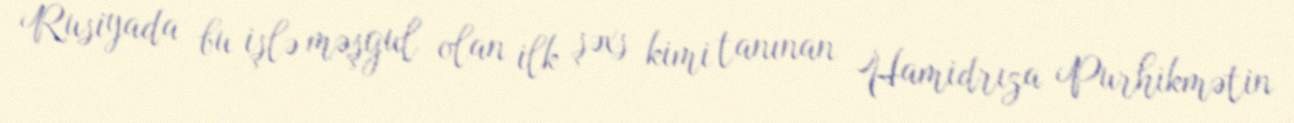
Rusiyada bu işlə məşgul olan ilk şəxs kimi tanınan Hamidrıza Purhikmətin